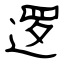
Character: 逻